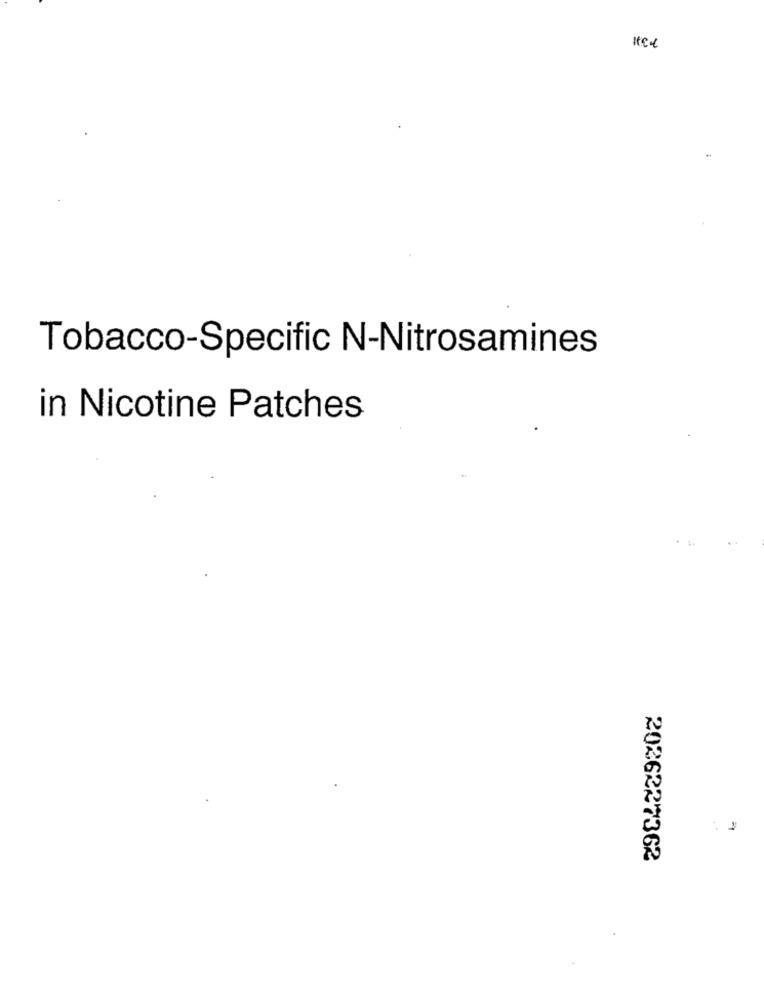
Tobacco-Specific N-Nitrosamines
in Nicotine Patches
2026227362